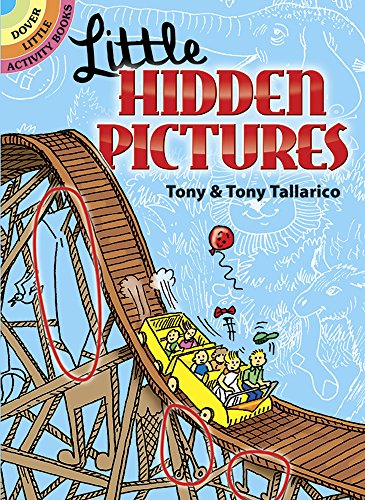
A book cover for Little Hidden Pictures (Dover Little Activity Books); Tony Tallarico Sr.; Children's Books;